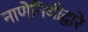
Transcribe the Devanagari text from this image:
नाणेनिधीद्वारे